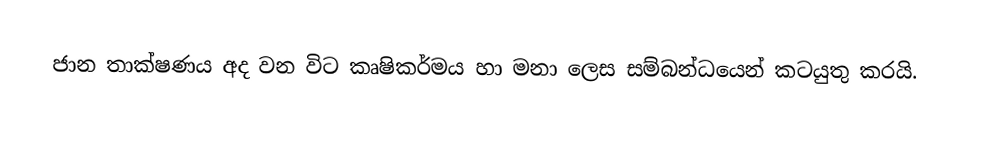
ජාන තාක්ෂණය අද වන විට කෘෂිකර්මය හා මනා ලෙස සම්බන්ධයෙන් කටයුතු කරයි.